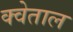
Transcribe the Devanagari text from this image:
क्वेताल